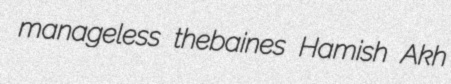
manageless thebaines Hamish Akh